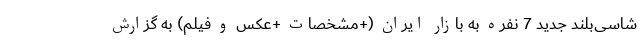
شاسی‌بلند جدید 7 نفره به بازار ایران (+مشخصات +عکس و فیلم) به گزارش